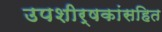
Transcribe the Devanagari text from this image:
उपशीर्षकांसहित